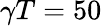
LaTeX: \gamma T=50